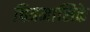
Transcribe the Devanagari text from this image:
चित्रमासिके